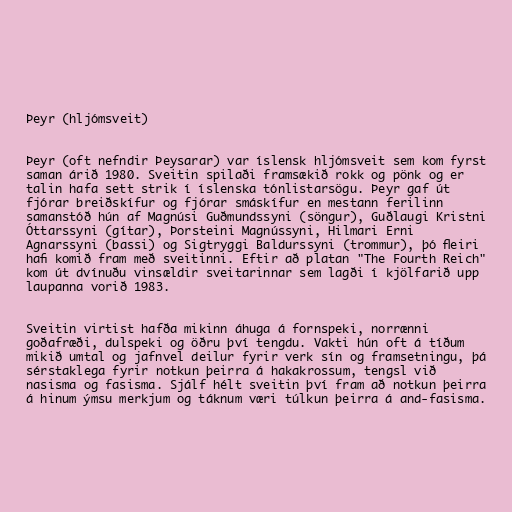
Þeyr (hljómsveit)

Þeyr (oft nefndir Þeysarar) var íslensk hljómsveit sem kom fyrst
saman árið 1980. Sveitin spilaði framsækið rokk og pönk og er
talin hafa sett strik í íslenska tónlistarsögu. Þeyr gaf út
fjórar breiðskífur og fjórar smáskífur en mestann ferilinn
samanstóð hún af Magnúsi Guðmundssyni (söngur), Guðlaugi Kristni
Óttarssyni (gítar), Þorsteini Magnússyni, Hilmari Erni
Agnarssyni (bassi) og Sigtryggi Baldurssyni (trommur), þó fleiri
hafi komið fram með sveitinni. Eftir að platan "The Fourth Reich"
kom út dvínuðu vinsældir sveitarinnar sem lagði í kjölfarið upp
laupanna vorið 1983.

Sveitin virtist hafða mikinn áhuga á fornspeki, norrænni
goðafræði, dulspeki og öðru því tengdu. Vakti hún oft á tíðum
mikið umtal og jafnvel deilur fyrir verk sín og framsetningu, þá
sérstaklega fyrir notkun þeirra á hakakrossum, tengsl við
nasisma og fasisma. Sjálf hélt sveitin því fram að notkun þeirra
á hinum ýmsu merkjum og táknum væri túlkun þeirra á and-fasisma.